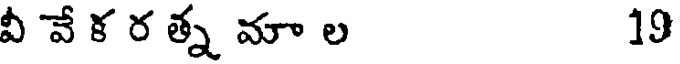
వీ వే క ర త్న మా ల 19